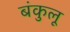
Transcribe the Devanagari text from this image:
बंकुलू